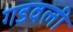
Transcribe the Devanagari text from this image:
गडवली